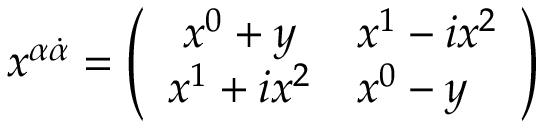
x ^ { \alpha { \dot { \alpha } } } = \left( \begin{array} { c l } { { x ^ { 0 } + y } } & { { x ^ { 1 } - i x ^ { 2 } } } \\ { { x ^ { 1 } + i x ^ { 2 } } } & { { x ^ { 0 } - y } } \end{array} \right)